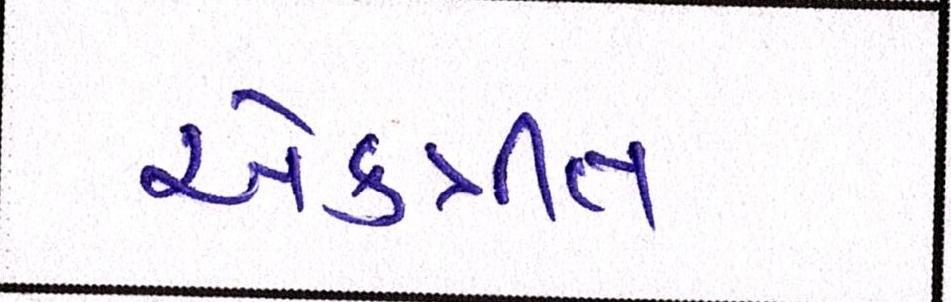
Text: એકત્રીત